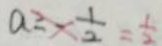
a \geq \frac { 1 } { 2 } = \frac { 1 } { 2 }